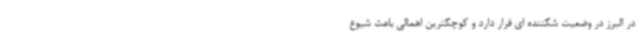
در البرز در وضعیت شکننده ای قرار دارد و کوچکترین اهمالی باعث شیوع